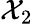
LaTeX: \mathcal{X}_{2}